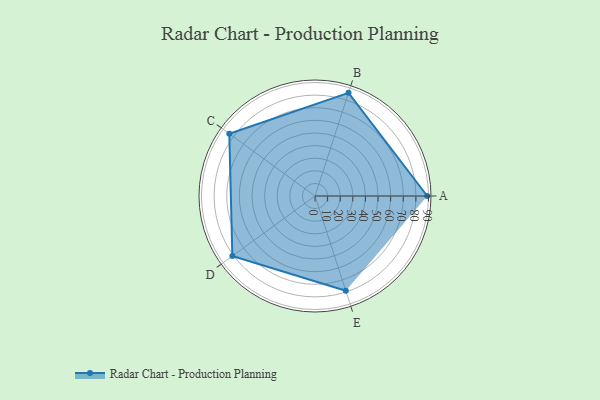
{"axis": {"x": "Skill", "y": "Score"}, "legend": ["Profile"], "data": [{"x": "A", "y": 89.0, "type": "Profile"}, {"x": "B", "y": 86.0, "type": "Profile"}, {"x": "C", "y": 84.0, "type": "Profile"}, {"x": "D", "y": 81.0, "type": "Profile"}, {"x": "E", "y": 79.0, "type": "Profile"}]}